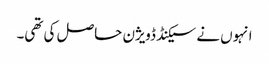
انہوں نے سیکنڈ ڈویژن حاصل کی تھی۔